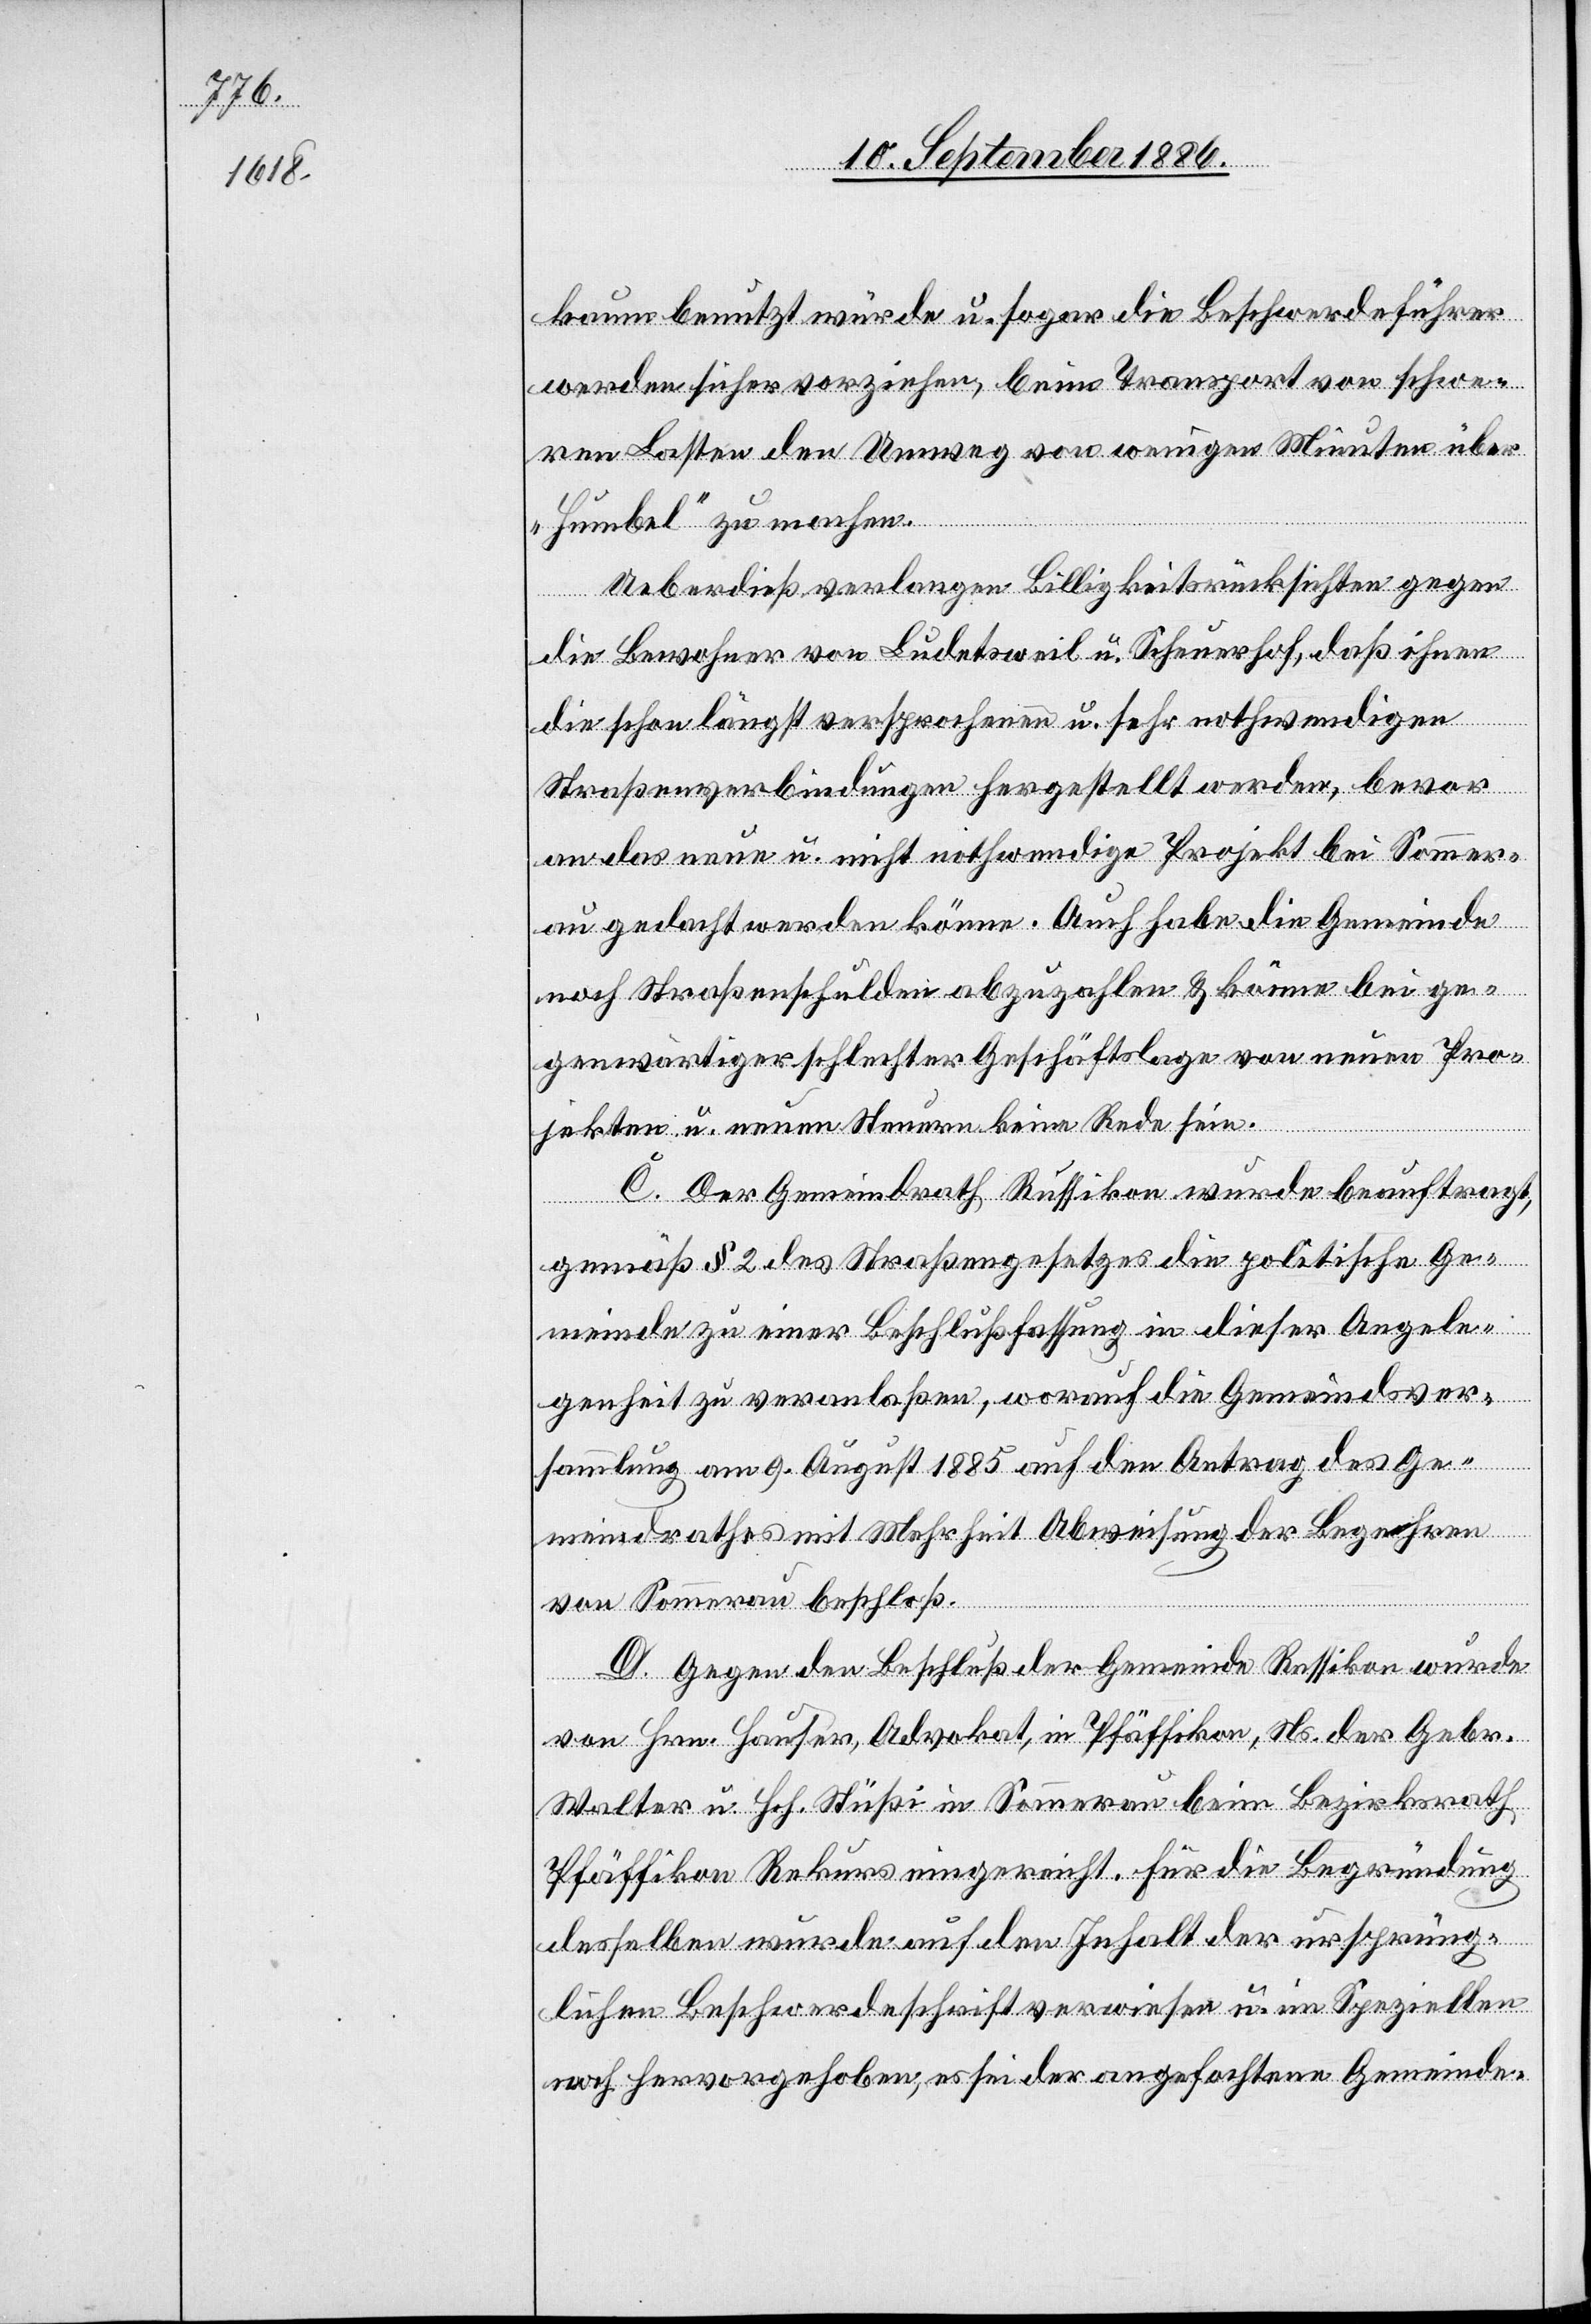
kaum benutzt würde u. sogar die Beschwerdeführer
werden sicher vorziehen, beim Transport von schwe¬
ren Lasten den Umweg von wenigen Minuten über
„Humbel“ zu machen.
Ueberdieß verlangen Billigkeitsrücksichten gegen
die Bewohner von Ludetsweil u. Scheuerhof, daß ihnen
die schon längst versprochenen u. sehr nothwendigen
Straßenverbindungen hergestellt werden, bevor
an das neue u. nicht nothwendige Projekt bei Sommer¬
au gedacht werden könne. Auch habe die Gemeinde
noch Straßenschulden abzuzahlen & könne bei ge¬
genwärtiger schlechter Geschäftslage von neuen Pro¬
jekten u. neuen Steuern keine Rede sein.
C. Der Gemeindrath Russikon wurde beauftragt,
gemäß § 2 des Straßengesetzes die politische Ge¬
meinde zu einer Beschlußfassung in dieser Angele¬
genheit zu veranlaßen, worauf die Gemeindever¬
sammlung am 9. August 1885 auf den Antrag des Ge¬
meindrathes mit Mehrheit Abweisung der Begehren
von Sommerau beschloß.
D. Gegen den Beschluß der Gemeinde Russikon wurde
von Hrn. Hauser, Advokat, in Pfäffikon, Ns. der Gebr.
Walter u. Hch. Stüßi in Sommerau beim Bezirksrath
Pfäffikon Rekurs eingereicht. Für die Begründung
desselben wurde auf den Inhalt der ursprüng¬
lichen Beschwerdeschrift verwiesen u. im Speziellen
noch hervorgehoben, es sei der angefochtene Gemeinde-